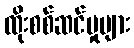
ထိုးစစ်ဆင်မှုများ